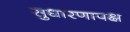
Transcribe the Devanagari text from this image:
सुधारणापक्ष